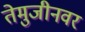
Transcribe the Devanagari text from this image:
तेमुजीनवर